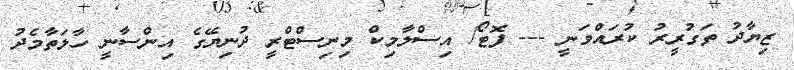
ޒިޔާދު ތަގުރީރު ކުރައްވަނީ --- ފޮޓޯ/ އިސްލާމިކް މިނިސްޓްރީ ދުނިޔޭގެ އިންސާނީ ހާލަތާމެދު